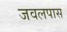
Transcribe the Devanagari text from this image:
जवलपास